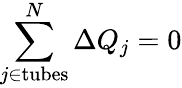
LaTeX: \sum_{j\in\mathrm{{tubes}}}^{N}\Delta Q_{j}=0